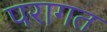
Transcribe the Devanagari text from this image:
परागत